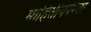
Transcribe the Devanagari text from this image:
माहितीकरिता